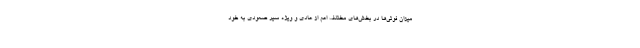
میزان فوتی‌ها در بخش‌های مختلف اعم از عادی و ویژه سیر صعودی به خود